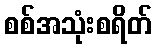
စစ်အသုံးစရိတ်